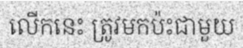
លើកនេះ ត្រូវមកប៉ះជាមួយ